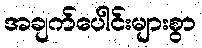
အချက်ပေါင်းများစွာ